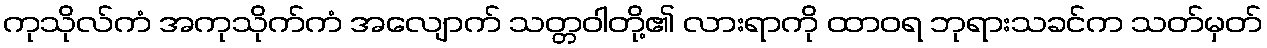
ကုသိုလ်ကံ အကုသိုက်ကံ အလျောက် သတ္တဝါတို့၏ လားရာကို ထာဝရ ဘုရားသခင်က သတ်မှတ်